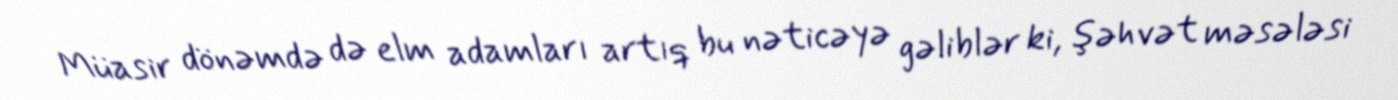
Müasir dönəmdə də elm adamları artıq bu nəticəyə gəliblər ki, şəhvət məsələsi